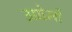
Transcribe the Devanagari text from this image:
उद्योमों